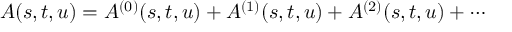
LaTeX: A ( s , t , u ) = A ^ { ( 0 ) } ( s , t , u ) + A ^ { ( 1 ) } ( s , t , u ) + A ^ { ( 2 ) } ( s , t , u ) + \cdots